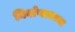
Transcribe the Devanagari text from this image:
निर्वाणावस्था